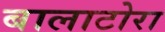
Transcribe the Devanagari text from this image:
बालाटोरा